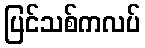
ပြင်သစ်ကလပ်